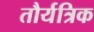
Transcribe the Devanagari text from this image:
तौर्यत्रिक